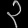
Digit: ၃